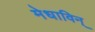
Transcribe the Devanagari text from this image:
मेधाविन्